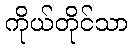
ကိုယ်တိုင်သာ